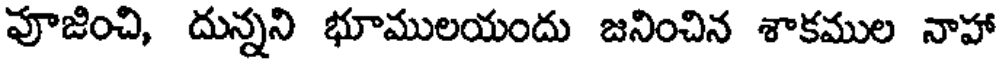
వూజించి, దున్నని భూములయందు జనించిన శాకముల నాహా